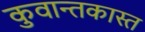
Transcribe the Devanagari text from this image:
कुवान्तकास्त